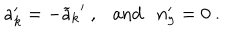
a _ { k } ^ { \prime } = - { \widetilde a _ { k } } ^ { \prime } \ , \ \ \ \mathrm { a n d } \ \ \ n _ { 9 } ^ { \prime } = 0 \ .